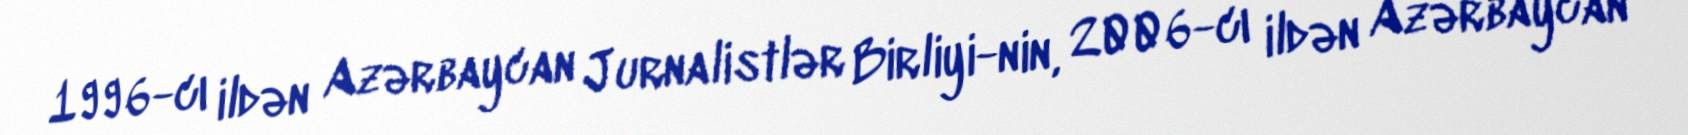
1996-cı ildən Azərbaycan Jurnalistlər Birliyi-nin, 2006-cı ildən Azərbaycan